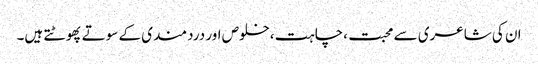
ان کی شاعری سے محبت ،چاہت ،خلوص اور دردمندی کے سوتے پھوٹتے ہیں۔